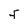
Character: f